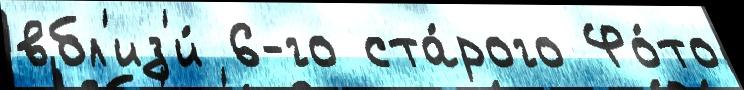
вбл'из'и́ 6-го ста́рого Фо́то